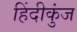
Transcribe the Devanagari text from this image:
हिंदीकुंज